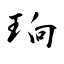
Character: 珦